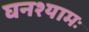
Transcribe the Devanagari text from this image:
घनश्यामः